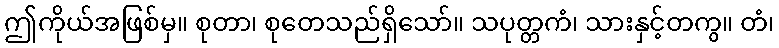
ဤကိုယ်အဖြစ်မှ။ စုတာ၊ စုတေသည်ရှိသော်။ သပုတ္တကံ၊ သားနှင့်တကွ။ တံ၊